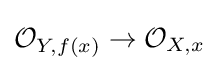
{\mathcal {O}}_{Y,f(x)}\to {\mathcal {O}}_{X,x}